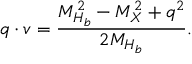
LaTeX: q \cdot v = { \frac { M _ { H _ { b } } ^ { 2 } - M _ { X } ^ { 2 } + q ^ { 2 } } { 2 M _ { H _ { b } } } } .